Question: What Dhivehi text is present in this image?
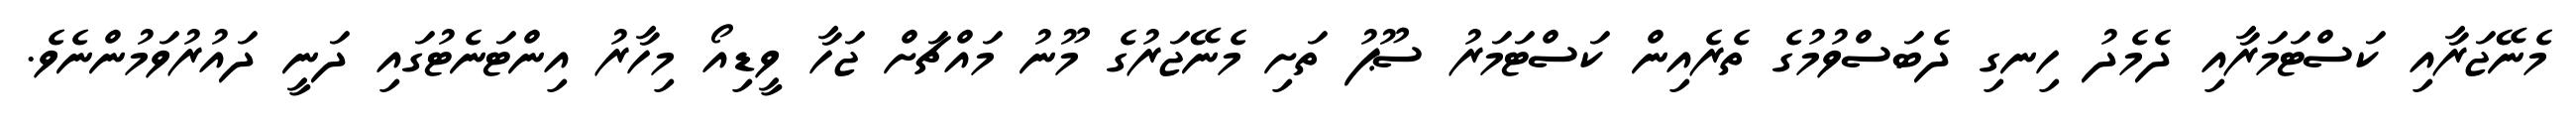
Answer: މެނޭޖަރާއި ކަސްޓަމަރާއި ދެމެދު ހިނގި ދެބަސްވުމުގެ ތެރެއިން ކަސްޓަމަރު ސޫޕު ތަށި މެނޭޖަރުގެ މޫނު މައްޗަށް ޖަހާ ވީޑިއޯ މިހާރު އިންޓަނެޓުގައި ދަނީ ދައުރުވަމުންނެވެ.